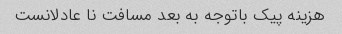
هزینه پیک باتوجه به بعد مسافت نا عادلانست